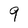
Character: 9